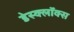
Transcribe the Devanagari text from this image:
डेस्क्लॉक्स